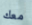
معك